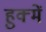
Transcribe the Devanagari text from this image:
हुक्में